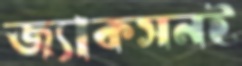
জ্যাকসনই